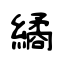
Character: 繘